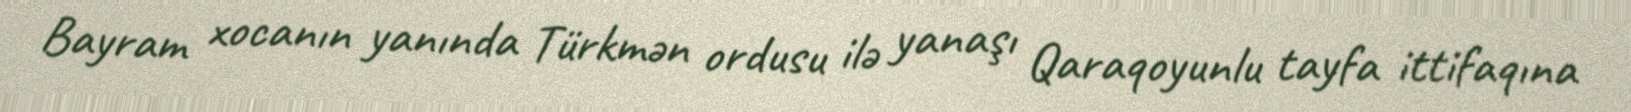
Bayram xocanın yanında Türkmən ordusu ilə yanaşı Qaraqoyunlu tayfa ittifaqına